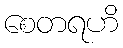
စေတရဟိ